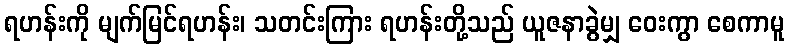
ရဟန်းကို မျက်မြင်ရဟန်း၊ သတင်းကြား ရဟန်းတို့သည် ယူဇနာခွဲမျှ ဝေးကွာ စေကာမူ